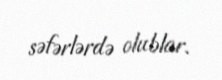
səfərlərdə olublar.